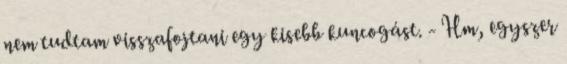
nem tudtam visszafojtani egy kisebb kuncogást. - Hm, egyszer